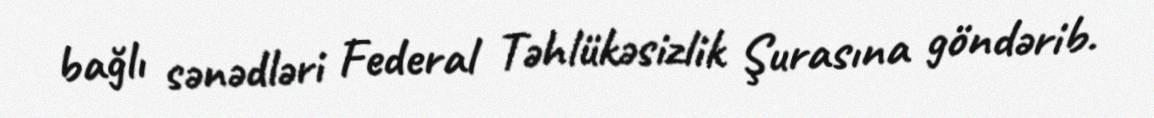
bağlı sənədləri Federal Təhlükəsizlik Şurasına göndərib.